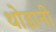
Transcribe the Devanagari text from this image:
थोडानी